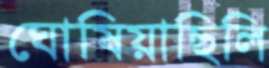
ঘোষিয়াছিলি